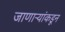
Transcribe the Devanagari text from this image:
जाणाऱ्यांकडून